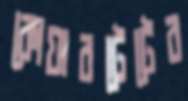
কোয়ারটেটের